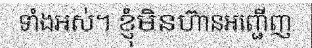
ទាំងអស់។ ខ្ញុំមិនហ៊ានអញ្ជើញ